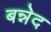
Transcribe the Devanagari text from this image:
बन्नेद